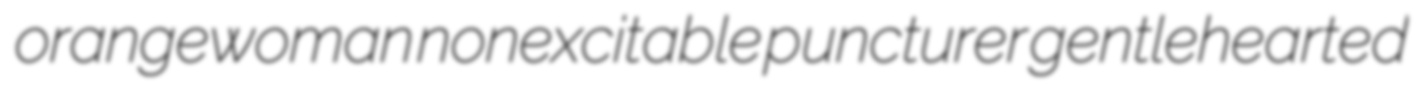
orangewoman nonexcitable puncturer gentlehearted